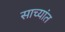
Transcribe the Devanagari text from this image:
साच्यांत